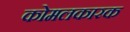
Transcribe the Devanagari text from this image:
कोमलकारक